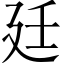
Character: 廷